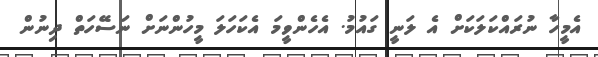
އެމީހާ ނުރައްކަލަކަށް އެ ލަނީ ގައުމު. އެހެންވީމަ އެކަހަލަ މީހުންނަށް ނަސޭހަތް ދިނުން